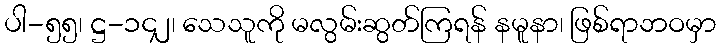
ပါ-၅၅၊ ဋ္ဌ-၁၄၂၊ သေသူကို မလွမ်းဆွတ်ကြရန် နမူနာ၊ ဖြစ်ရာဘဝမှာ